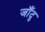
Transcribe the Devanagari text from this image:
जाँदु